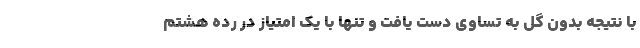
با نتیجه بدون گل به تساوی دست یافت و تنها با یک امتیاز در رده هشتم